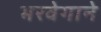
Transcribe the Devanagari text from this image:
भरवेगाने